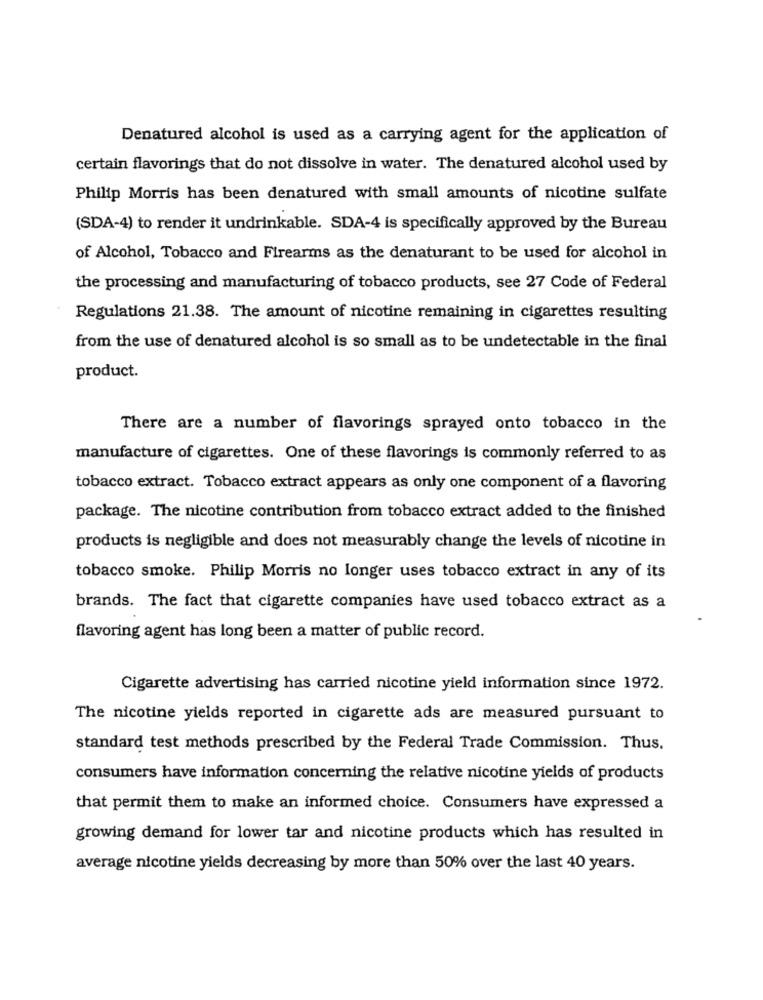
Denatured alcohol is used as a carrying agent for the application of
certain flavorings that do not dissolve in water. The denatured alcohol used by
Philip Morris has been denatured with small amounts of nicotine sulfate
(SDA-4) to render it undrinkable. SDA-4 is specifically approved by the Bureau
of Alcohol, Tobacco and Firearms as the denaturant to be used for alcohol in
the processing and manufacturing of tobacco products, see 27 Code of Federal
Regulations 21.38. The amount of nicotine remaining in cigarettes resulting
from the use of denatured alcohol is so small as to be undetectable in the final
product.
There are a number of flavorings sprayed onto tobacco in the
manufacture of cigarettes. One of these flavorings is commonly referred to as
tobacco extract. Tobacco extract appears as only one component of a flavoring
package. The nicotine contribution from tobacco extract added to the finished
products is negligible and does not measurably change the levels of nicotine in
tobacco smoke. Philip Morris no longer uses tobacco extract in any of its
brands. The fact that cigarette companies have used tobacco extract as a
flavoring agent has long been a matter of public record.
Cigarette advertising has carried nicotine yield information since 1972.
The nicotine yields reported in cigarette ads are measured pursuant to
standard test methods prescribed by the Federal Trade Commission. Thus.
consumers have information concerning the relative nicotine yields of products
that permit them to make an informed choice. Consumers have expressed a
growing demand for lower tar and nicotine products which has resulted in
average nicotine yields decreasing by more than 50% over the last 40 years.